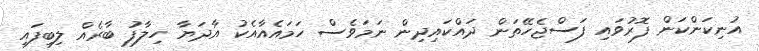
އުނިކަންކަން ފޮރުވައި ފަސްޖެހޭތަން ދައްކައިދިން ނަމަވެސް ހަމައެއާއެކު އާދަޔާ ހިލާފު ބާރެއް ލިބިފައި